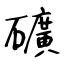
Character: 礦